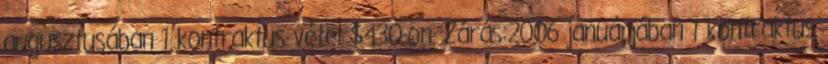
augusztusában 1 kontraktus vétel $430-on. Zárás:2006 januárjában 1 kontraktus